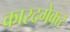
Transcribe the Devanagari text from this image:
कारदगेकर